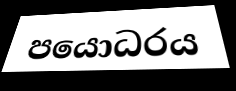
පයොධරය